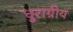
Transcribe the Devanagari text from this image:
धुराग्रीय